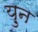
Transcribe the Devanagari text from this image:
य़ुन